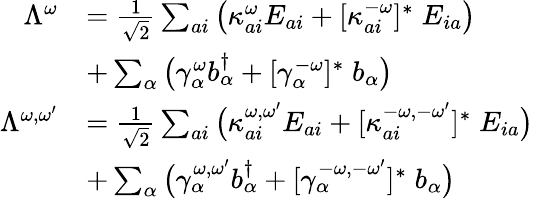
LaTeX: \begin{array}{rl}{\Lambda^{\omega}}&{=\frac{1}{\sqrt{2}}\sum_{ai}\big(\kappa_{ai}^{\omega}E_{ai}+[\kappa_{ai}^{-\omega}]^{*}\; E_{ia}\big)}\\ &{+\sum_{\alpha}\big(\gamma_{\alpha}^{\omega}b_{\alpha}^{\dagger}+[\gamma_{\alpha}^{-\omega}]^{*}\; b_{\alpha}\big)}\\ {\Lambda^{\omega,\omega^{\prime}}}&{=\frac{1}{\sqrt{2}}\sum_{ai}\big(\kappa_{ai}^{\omega,\omega^{\prime}}E_{ai}+[\kappa_{ai}^{-\omega,-\omega^{\prime}}]^{*}\; E_{ia}\big)}\\ &{+\sum_{\alpha}\big(\gamma_{\alpha}^{\omega,\omega^{\prime}}b_{\alpha}^{\dagger}+[\gamma_{\alpha}^{-\omega,-\omega^{\prime}}]^{*}\; b_{\alpha}\big)}\end{array}